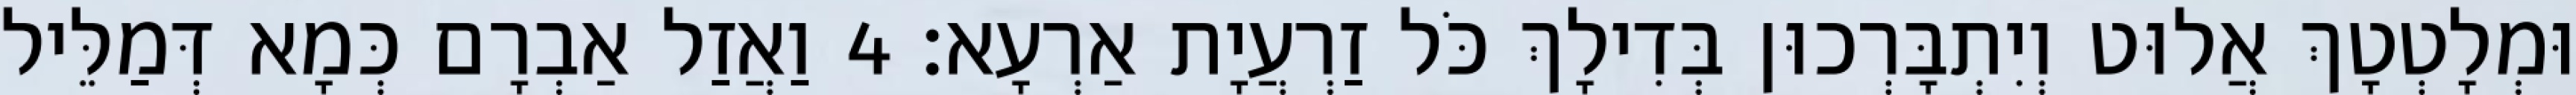
וּמְלָטְטָךְ אֲלוּט וְיִתְבָּרְכוּן בְּדִילָךְ כֹּל זַרְעֲיָת אַרְעָא׃ 4 וַאֲזַל אַבְרָם כְּמָא דְּמַלֵּיל